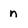
Character: n